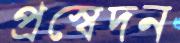
প্রস্বেদন